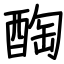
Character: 醄